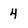
Character: 4